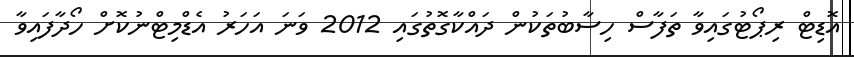
އޮޑިޓް ރިޕޯޓުގައިވާ ތަފާސް ހިސާބުތަކުން ދައްކާގޮތުގައި 2012 ވަނަ އަހަރު އެޑްމިޓްނުކޮށް ހޯދާފައިވާ